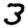
Digit: 3